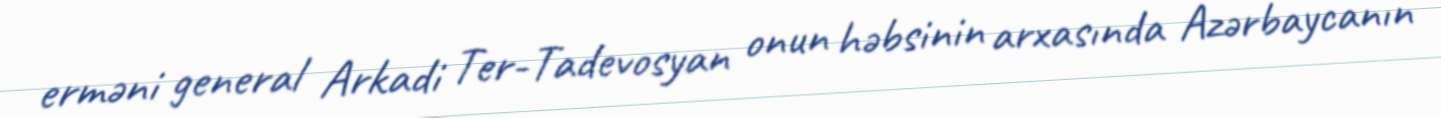
erməni general Arkadi Ter-Tadevosyan onun həbsinin arxasında Azərbaycanın